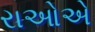
રાઓએ